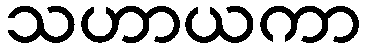
သဟာယကာ